Civil Veterinary Dept. Assam report 1927-50 - 1927-1950
Year: 1927
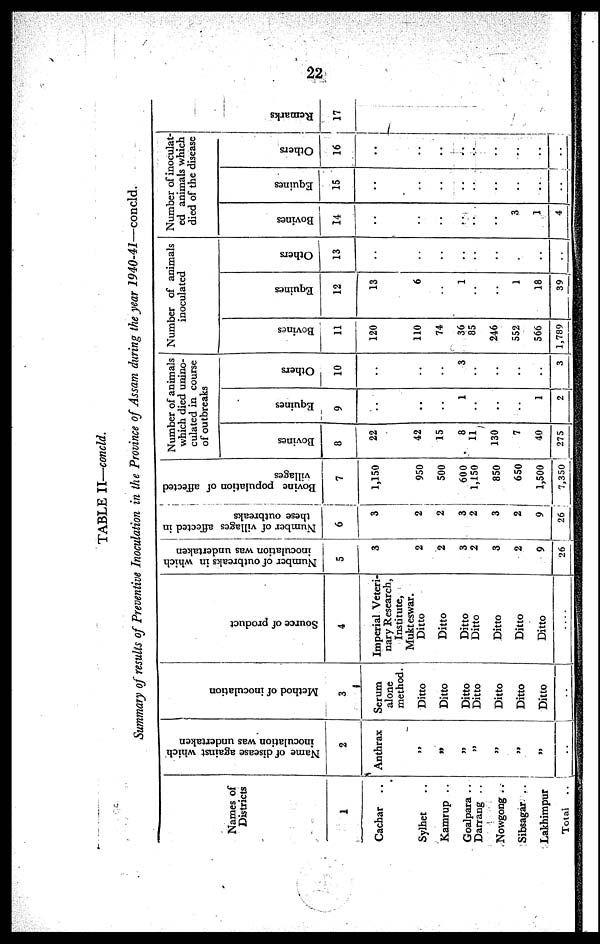
22
TABLE II—concld.
Summary of results of Preventive Inoculation in the Province of Assam during the year 1940-41—concld.
Names of
Districts
1
Cachar ..
Sylhet ..
Kamrup ..
Goalpara ..
Darrang ..
Nowgong ..
Sibsagar ..
Lakhimpur
Total ..
Name of disease against which
inoculation was undertaken
2
Anthrax
„
„
J>
J»
„
„
„
..
on
Method of inoculation
3
Serum
alone
method.
Ditto
Ditto
Ditto
Ditto
Ditto
Ditto
Ditto
..
Source of product
4
Imperial Veteri-
nary Research,
Institute,
Mukteswar.
Ditto
Ditto
Ditto
Ditto
Ditto
Ditto
Ditto
....
Number of outbreaks in which
inoculation was undertaken
5
3
2
2
3
2
3
2
9
26
Number of villages affected in
these outbreaks
6
3
2
2
2
3
2
9
26
Bovine population of affected
villages
7
1,150
950
500
600
1,150
850
650
1,500
7,350
Number of animals
which died unino-
culated in course
of outbreaks
Bovines
8
22
42
15
8
11
130
7
40
275
Equines
9
..
..
..
1
..
..
..
1
2
Others
10
..
..
..
3
..
..
..
..
3
Number of animals
inoculated
Bovines
11
120
110
74
36
85
246
552
566
1,789
Equines
12
13
6
..
1
..
..
1
18
39
Others
13
..
..
..
..
..
..
..
..
..
Number of inoculat-
ed animals which
died of the disease
Bovines
14
..
..
..
..
..
..
3
1
4
Equines
15
..
..
..
..
..
..
..
..
..
Others
16
..
..
..
..
..
..
..
..
..
Remarks
17
..
..
..
..
..
..
..
..
..